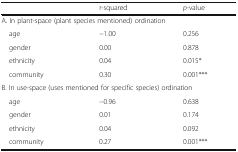
<table><thead><tr><td></td><td><b>r-squared</b></td><td><b><i>p</i>-value</b></td></tr></thead><tbody><tr><td colspan="3">A. In plant-space (plant species mentioned) ordination</td></tr><tr><td> age</td><td>−1.00</td><td>0.256</td></tr><tr><td> gender</td><td>0.00</td><td>0.878</td></tr><tr><td> ethnicity</td><td>0.04</td><td>0.015*</td></tr><tr><td> community</td><td>0.30</td><td>0.001***</td></tr><tr><td colspan="3">B. In use-space (uses mentioned for specific species) ordination</td></tr><tr><td> age</td><td>−0.96</td><td>0.638</td></tr><tr><td> gender</td><td>0.01</td><td>0.174</td></tr><tr><td> ethnicity</td><td>0.04</td><td>0.092</td></tr><tr><td> community</td><td>0.27</td><td>0.001***</td></tr></tbody></table>